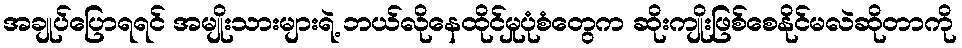
အချုပ်ပြောရရင် အမျိုးသားများရဲ့ ဘယ်လိုနေထိုင်မှုပုံစံတွေက ဆိုးကျိုးဖြစ်စေနိုင်မလဲဆိုတာကို